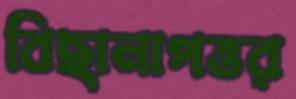
বিছানাপত্তর